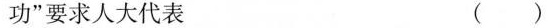
功”要求人大代表 ( )